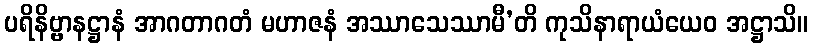
ပရိနိဗ္ဗာနဋ္ဌာနံ အာဂတာဂတံ မဟာဇနံ အဿာသေဿာမီ’တိ ကုသိနာရာယံယေဝ အဋ္ဌာသိ။